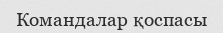
Командалар қоспасы